Leaving Certificate Examination, 1911
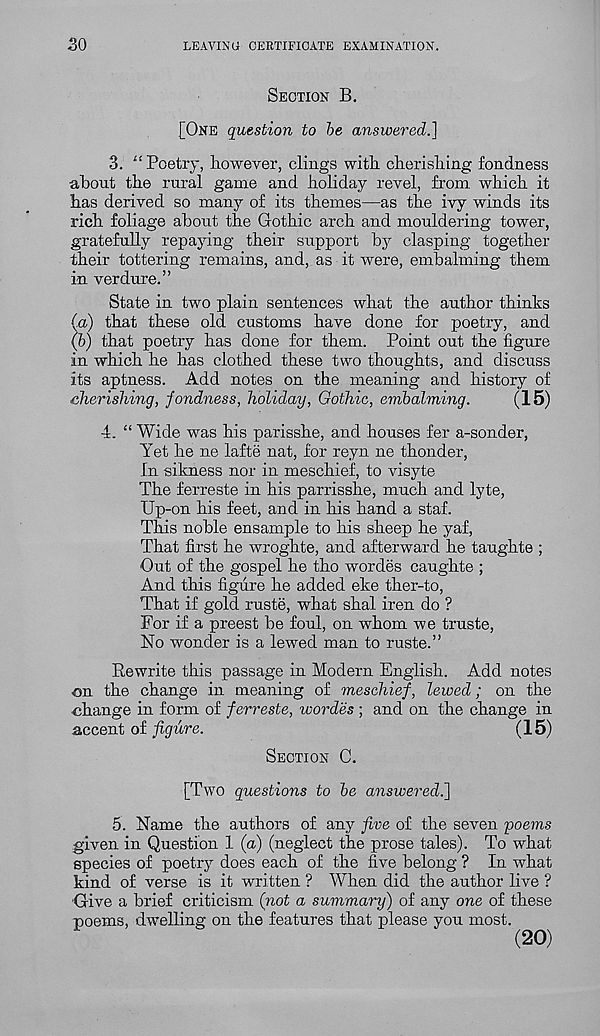
so
LEAVING CERTIFICATE EXAMINATION.
SECTION B.
[ONE question to be answered.]
3.
“ Poetry, however, clings w
about the rural game and holiday revel, from which it
has derived so many of its themes—as the ivy winds its
rich foliage about the Gothic arch and mouldering tower,
gratefully repaying their support by clasping together
their tottering remains, and, as it were, embalming them
in verdure.”
State in two plain sentences what the author thinks
(a) that these old customs have done for poetry, and
(b) that poetry has done for them. Point out the figure
in which he has clothed these two thoughts, and discuss
its aptness. Add notes on the meaning and history of
cherishing, fondness, holiday, Gothic, embalming.
(15)
4.
“ Wide was his parisshe, and h
Yet he ne lafte nat, for reyn ne thonder,
In sikness nor in meschief, to visyte
The ferreste in his parrisshe, much and lyte,
Up-on his feet, and in his hand a staf.
This noble ensample to his sheep he yaf,
That first he wroghte, and afterward he taughte ;
Out of the gospel he tho wordes caughte ;
And this figure he added eke ther-to,
That if gold ruste, what shal iren do ?
For if a preest be foul, on whom we truste,
No wonder is a lewed man to ruste.”
Eewrite this passage in Modern English. Add notes
nn the change in meaning of meschief, lewed; on the
■ change in form of ferreste, wordes ; and on the change in
accent of figure.
(15)
SECTION C.
[Two questions to be answered.]
5.
Name the authors of any
given in Question 1 (a) (neglect the prose tales). To what
species of poetry does each of the five belong ? In what
kind of verse is it written ? When did the author live ?
Give a brief criticism (not a summary) of any one of these
poems, dwelling on the features that please you most.